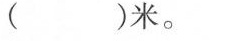
（ ）米。